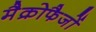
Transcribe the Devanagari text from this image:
मैक्रोफैजों